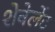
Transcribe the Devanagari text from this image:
शेवेर्लेट